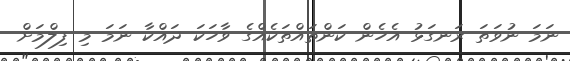
ނަމަ ނުވަތަ ރަނގަޅު އެހެން ކަންތައްތަކެއްގެ ވާހަކަ ދައްކާ ނަމަ މި ފިލްމަށް